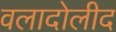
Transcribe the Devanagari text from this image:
वलादोलीद